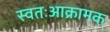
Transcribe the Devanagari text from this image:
स्वतःआक्रामक